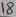
Text: 18